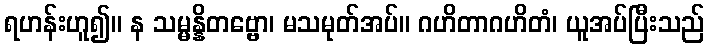
ရဟန်းဟူ၍။ န သမ္မန္နိတဗ္ဗော၊ မသမုတ်အပ်။ ဂဟိတာဂဟိတံ၊ ယူအပ်ပြီးသည်